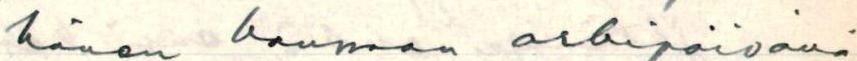
hänen kanssaan arkipäivänä